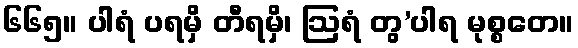
၆၆၅။ ပါရံ ပရမှိ တီရမှိ၊ ဩရံ တွ’ပါရ မုစ္စတေ။